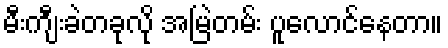
မီးကျီးခဲတခုလို အမြဲတမ်း ပူလောင်နေတာ။